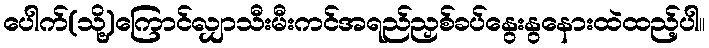
ပေါက်(သို့)ကြောင်လျှာသီးမီးကင်အရည်ညှစ်ခပ်နွေးနွနေားထဲထည့်ပါ။